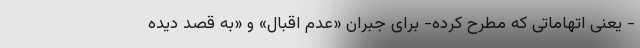
- یعنی اتهاماتی که مطرح کرده- برای جبران «عدم اقبال» و «به قصد دیده